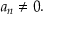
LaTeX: a _ { n } \neq 0 .